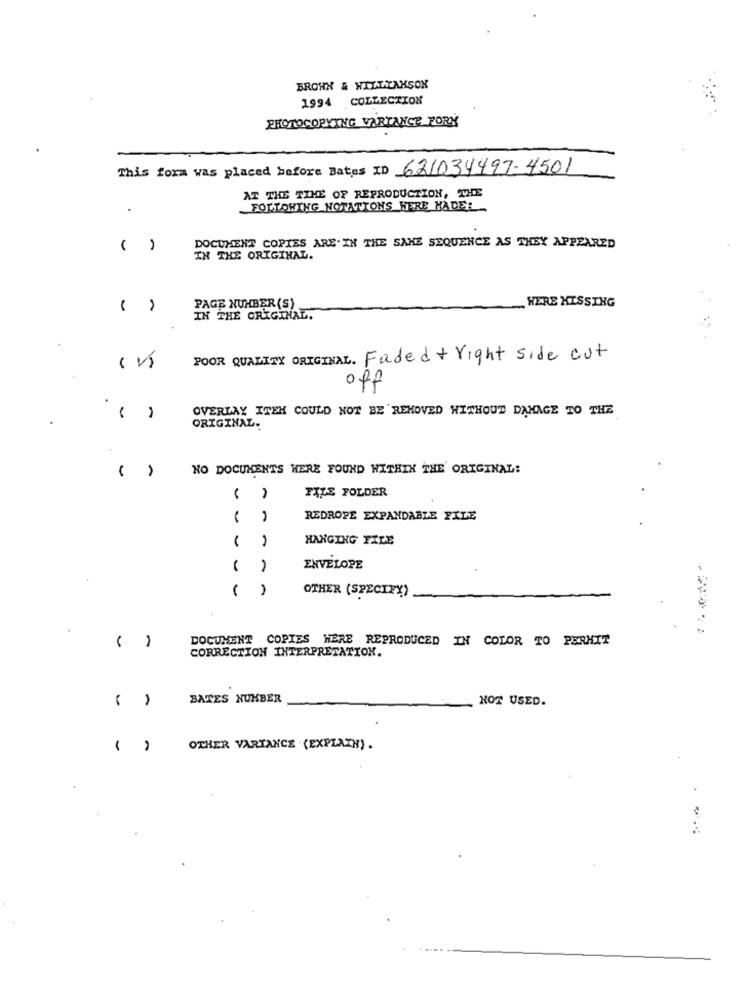
BROWN & HILL.TAMSON
1994 COLLECTION
PHOTOCOPYING VARTANCE PORY
This form was placed before Dates ID 621034497-4501
AT THE TIME OF REPRODUCTION, THE
FOLLOWING NOTATIONS WERE MADE:
DOCUMENT COPIES ARE. IN THE SAME SEQUENCE AS THEY APPEARED
IN THE ORIGINAL.
WERE HISSING
( )
PAGE NUMBER(S)
IN THE ORIGINAL.
POOR QUALITY ORIGINAL. Faded+ right side cut
off
OVERLAY ITEK COULD NOT BE REMOVED WITHOUT DAMAGE TO THE
( )
ORIGINAL.
( )
NO DOCUMENTS WERE FOUND WITHIN THE ORIGINAL:
FILE FOLDER
REDROPE EXPANDABLE FILE
HANGING FILE
ENVELOPE
OTHER (SPECIFY)
DOCUMENT COPIES WERE REPRODUCED IN COLOR TO PERMIT
( )
CORRECTION INTERPRETATION.
( )
BATES NUMBER
NOT USED.
OTHER VARIANCE . (EXPLAIN) .